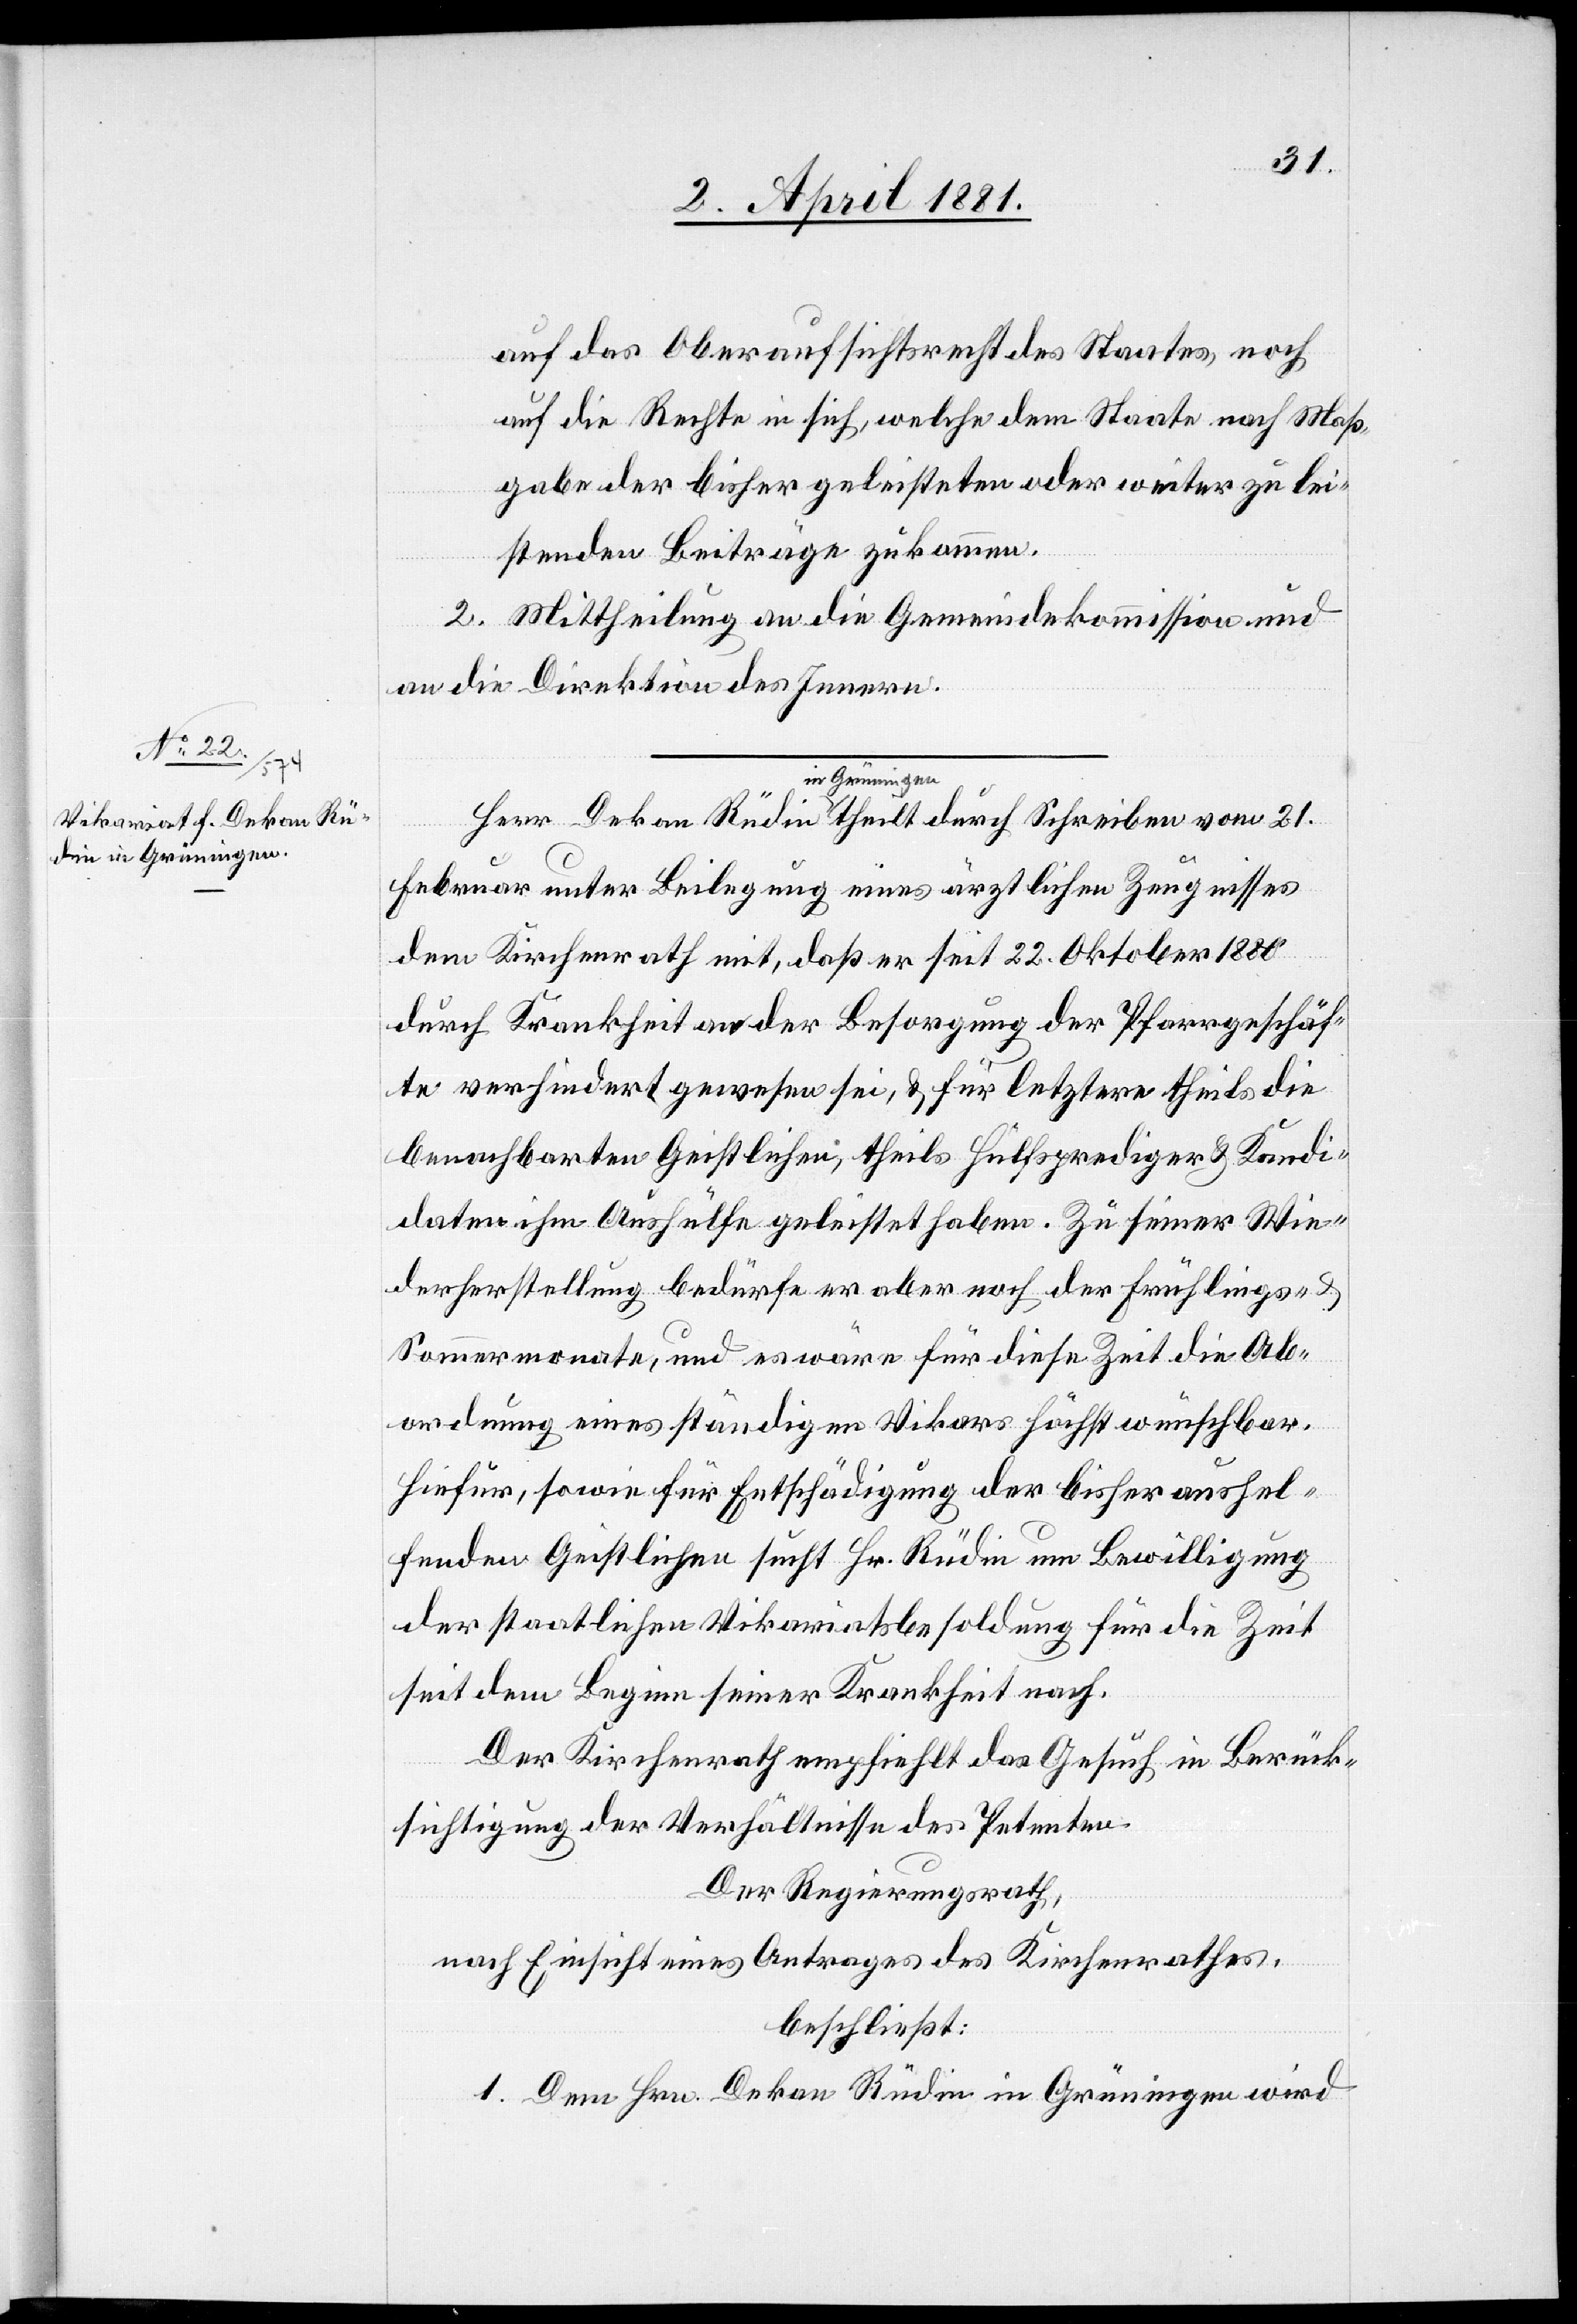
vom 21.

auf das Oberaufsichtsrecht des Staates, noch
auf die Rechte in sich, welche dem Staate nach Maß¬
gabe der bisher geleisteten oder weiter zu lei¬
theilt
stenden Beiträge zukommen.
2. Mittheilung an die Gemeindekommission und
an die Direktion des Innern.
Februar unter Beilegung eines ärztlichen Zeugnisses
dem Kirchenrath mit, daß er seit 22. Oktober 1880
durch Krankheit an der Besorgung der Pfarrgeschäf¬
te verhindert gewesen sei, & für letztere theils die
benachbarten Geistlichen, theils Hülfsprediger & Kandi¬
daten ihm Aushülfe geleistet haben. Zu seiner Wie¬
derherstellung bedürfe er aber noch der Frühlings-
Sommermonate, und es wäre für diese Zeit die Ab¬
ordnung eines ständigen Vikars höchst wünschbar.
Hiefür, sowie für Entschädigung der bisher aushel¬
fenden Geistlichen sucht Hr. Rüdin um Bewilligung
der staatlichen Vikariatsbesoldung für die Zeit
seit dem Beginn seiner Krankheit nach.
Der Kirchenrath empfiehlt das Gesuch in Berück¬
sichtigung der Verhältnisse des Petenten.
Der Regierungsrath,
nach Einsicht eines Antrages des Kirchenrathes,
beschließt:
1. Dem Hrn. Dekan Rüdin in Grüningen wird